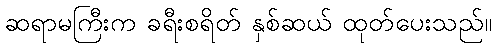
ဆရာမကြီးက ခရီးစရိတ် နှစ်ဆယ် ထုတ်ပေးသည်။